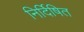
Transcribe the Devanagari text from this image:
निर्दिषित